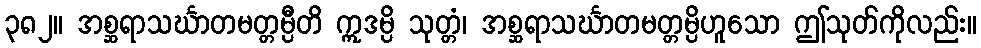
၃၈၂။ အစ္ဆရာသင်္ဃာတမတ္တမ္ပီတိ ဣဒမ္ပိ သုတ္တံ၊ အစ္ဆရာသင်္ဃာတမတ္တမ္ပိဟူသော ဤသုတ်ကိုလည်း။